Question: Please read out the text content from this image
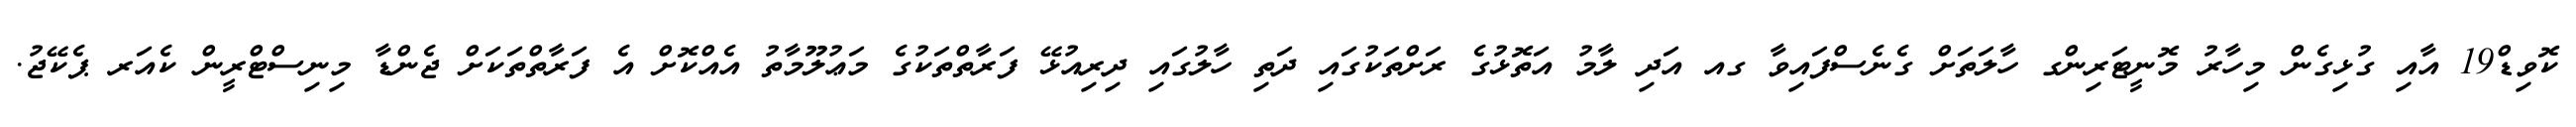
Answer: ކޮވިޑް19 އާއި ގުޅިގެން މިހާރު މޮނީޓަރިންގ ހާލަތަށް ގެނެސްފައިވާ ގއ އަދި ލާމު އަތޮޅުގެ ރަށްތަކުގައި ދަތި ހާލުގައި ދިރިއުޅޭ ފަރާތްތަކުގެ މަޢުލޫމާތު އެއްކޮށް އެ ފަރާތްތަކަށް ޖެންޑާ މިނިސްޓްރީން ކެއަރ ޕެކޭޖު.